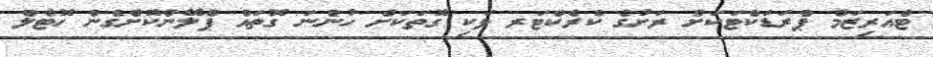
ޓްއަރިޒަމް ޕްރަޑަކްޓަކަށް ރަށުގެ ކެރެކްޓަރ ވަކި ގޮތަކަށް ހުންނަ ގޮތައް ޕްލޭންކޮށްގެން ހޮޓެލް